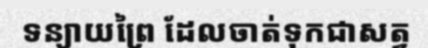
ទន្យាយព្រៃ ដែលចាត់ទុកជាសត្វ